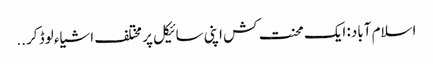
اسلام آباد: ایک محنت کش اپنی سائیکل پر مختلف اشیاء لوڈ کر ..